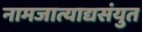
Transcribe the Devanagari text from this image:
नामजात्याद्यसंयुत